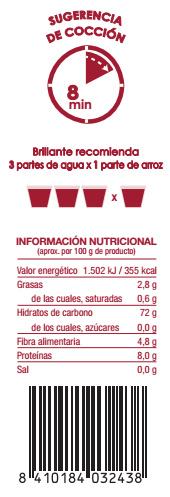
SUGERENCIA DE COCCIÓN
8. min
Brillante recomienda
3 partes de agua x1 parte de arroz
INFORMACIÓN NUTRICIONAL (aprax. por 100 g de producto)
Valor energético 1.502 kJ/ 355 kcal 2,8 g
Grasas
de las cuales, saturadas
0,6 g
Hidratos de carbono de los cuales, azúcares
72 g
0,0g 4,8 g
Fibra alimentaria
Proteinas
8,0 g 0,0 g
Sal
8 4 10184 032438